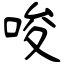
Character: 唆